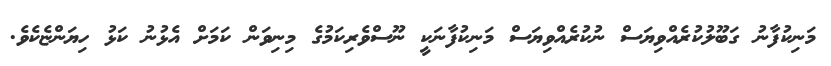
މަނިކުފާނު ގަބޫލުކުރެއްވިޔަސް ނުކުރެއްވިޔަސް މަނިކުފާނަކީ ނޫސްވެރިކަމުގެ މިނިވަން ކަމަށް އެޅުނު ކަޅު ހިޔަންޏެކެވެ.